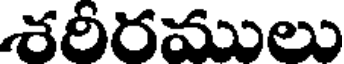
శరిరములు